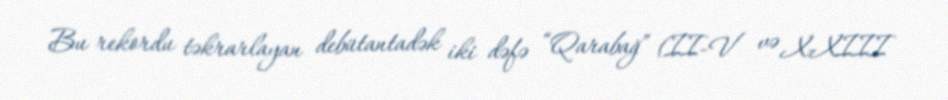
Bu rekordu təkrarlayan debütantadək iki dəfə “Qarabağ” (II-V və X-XIII